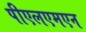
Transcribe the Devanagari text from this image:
पीएलएमएन